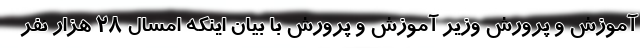
آموزش و پرورش وزیر آموزش و پرورش با بیان اینکه امسال ۲۸ هزار نفر